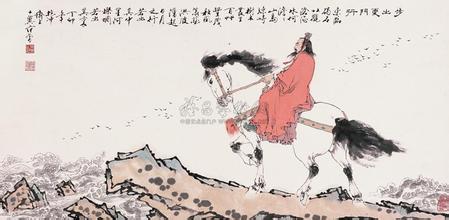
神龟虽寿，犹有竟时。